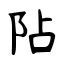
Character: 阽